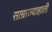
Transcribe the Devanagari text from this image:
साम्राज्याहाती